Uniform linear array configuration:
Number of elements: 4
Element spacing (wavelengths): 0.75
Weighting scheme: uniform
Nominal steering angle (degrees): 0
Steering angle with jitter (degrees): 1.985
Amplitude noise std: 0.05
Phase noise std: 0.05

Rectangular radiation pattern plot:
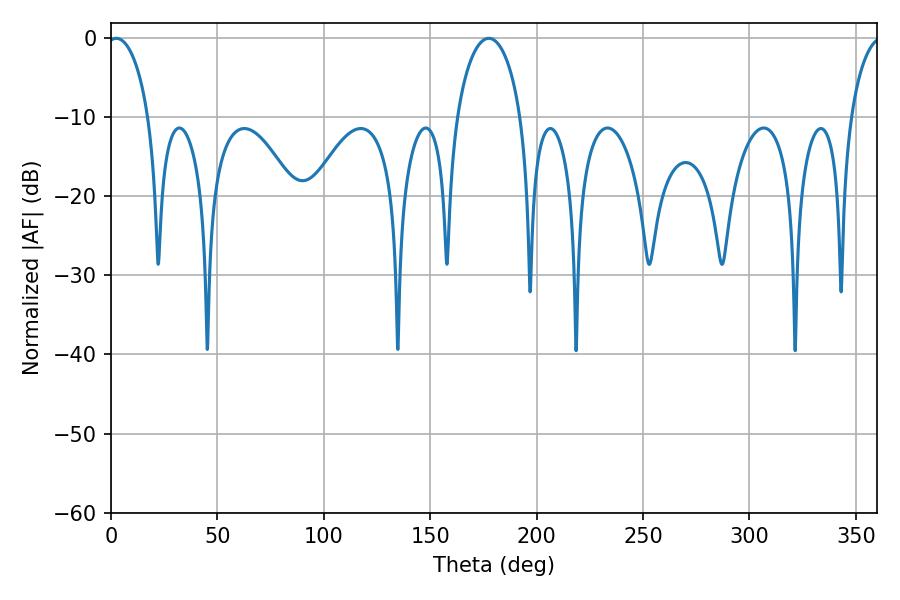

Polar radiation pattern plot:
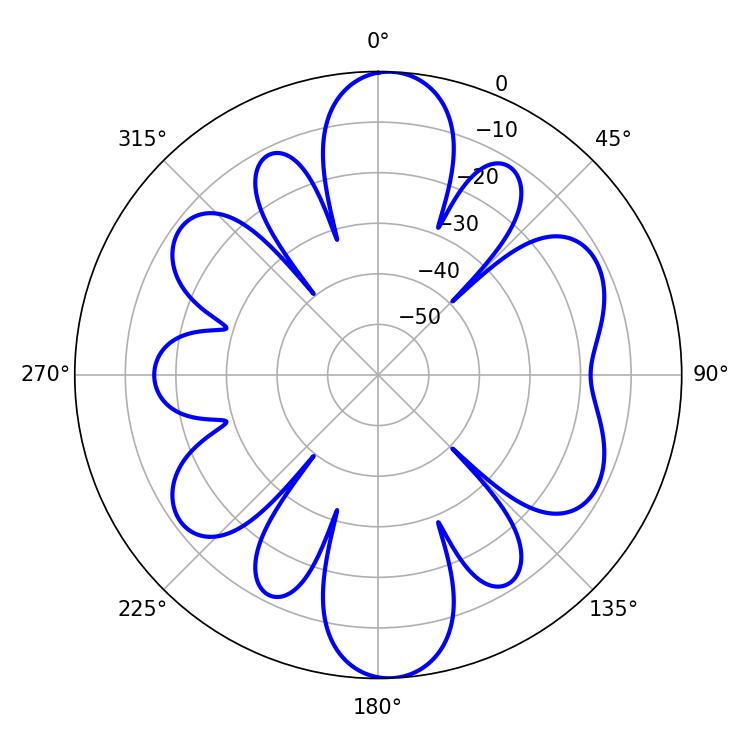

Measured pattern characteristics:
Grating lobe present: TRUE
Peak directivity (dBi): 16.69
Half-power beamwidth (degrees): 11.16
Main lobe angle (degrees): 2.52